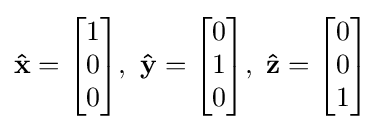
\mathbf {\hat {x}} ={\begin{bmatrix}1\\0\\0\end{bmatrix}},\,\,\mathbf {\hat {y}} ={\begin{bmatrix}0\\1\\0\end{bmatrix}},\,\,\mathbf {\hat {z}} ={\begin{bmatrix}0\\0\\1\end{bmatrix}}